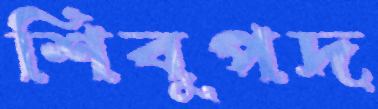
শিবুপদ